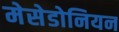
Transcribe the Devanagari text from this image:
मेसेडोनियन